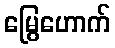
မြွေဟောက်